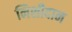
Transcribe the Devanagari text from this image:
निशीदान